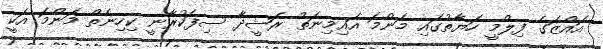
އައްޒަގެ ފިލްމީ ހަޔާތުގައި މަންމަ އައިމިނަތު ރަޝީދާ ސިފަކުރާނީ ކިހިނެތް މަންމަ އަކީ